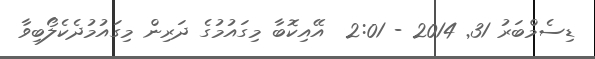
ޑިސެމްބަރު 31